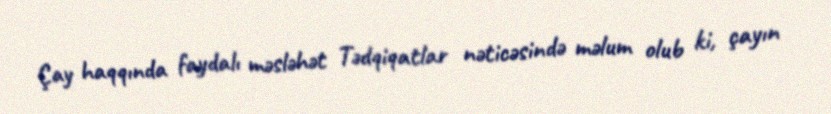
Çay haqqında faydalı məsləhət Tədqiqatlar nəticəsində məlum olub ki, çayın